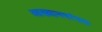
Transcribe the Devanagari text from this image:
आख्यानपरंपरा